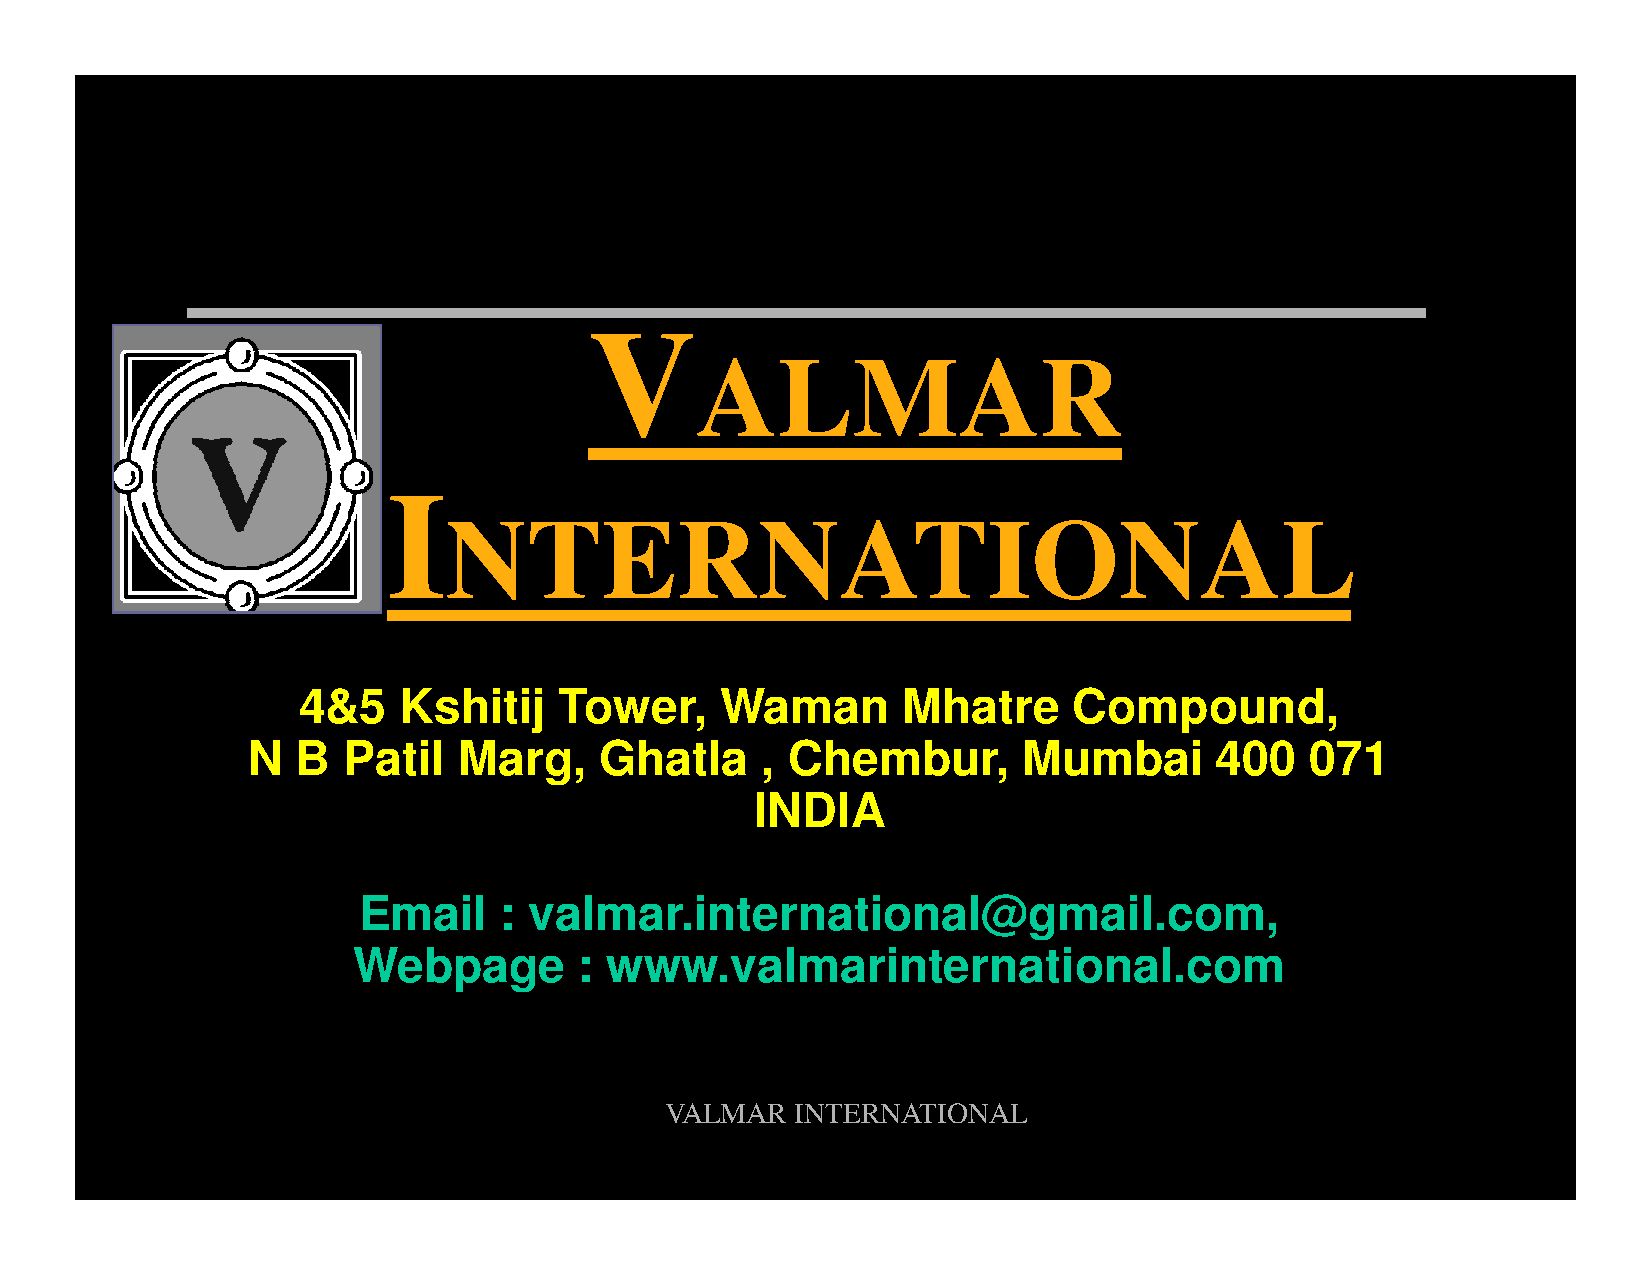
V
 ALMAR
 I
 NTERNATIONAL
 Contact:
 4&5   Kshitij    Tower,     Waman       Mhatre     Compound,
 N   B  Patil  Marg,     Ghatla    , Chembur,        Mumbai      400    071
 INDIA
 Tel  : +91-22-2521        1821,    642   58696
 Email    : valmar.international@gmail.com,
 Webpage        : www.valmarinternational.com
 VALMAR   INTERNATIONAL